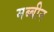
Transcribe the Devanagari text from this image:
मब्बीन